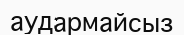
аудармайсыз